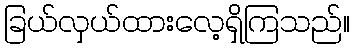
ခြယ်လှယ်ထားလေ့ရှိကြသည်။